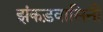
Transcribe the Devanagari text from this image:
झंकड़वासिनी